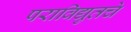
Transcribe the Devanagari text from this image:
पराविद्युतचे